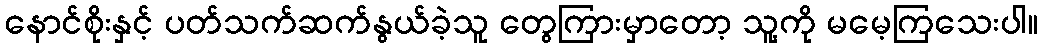
နောင်စိုးနှင့် ပတ်သက်ဆက်နွယ်ခဲ့သူ တွေကြားမှာတော့ သူ့ကို မမေ့ကြသေးပါ။